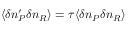
\langle \delta n _ { P } ^ { \prime } \delta n _ { R } \rangle = \tau \langle \delta n _ { P } \delta n _ { R } \rangle